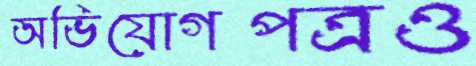
অভিযোগপত্রও